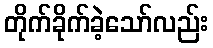
တိုက်ခိုက်ခဲ့သော်လည်း